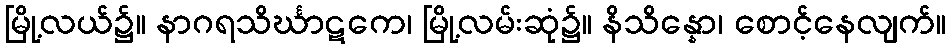
မြို့လယ်၌။ နာဂရသိင်္ဃာဋကေ၊ မြို့လမ်းဆုံ၌။ နိသိန္နော၊ စောင့်နေလျက်။